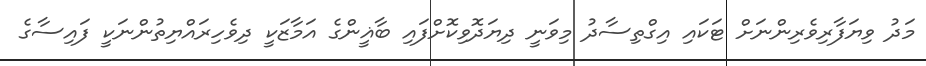
މަދު ވިޔަފާރިވެރިންނަށް ޓަކައި އިގްތިސާދު މިވަނީ ދިޔަދޮވިކޮށްފައި ބާޣީންގެ އަމާޒަކީ ދިވެހިރައްޔިތުންނަކީ ފައިސާގެ